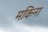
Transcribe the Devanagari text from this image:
मकिना